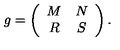
g = \left( \begin{array} { c c } { M } & { N } \\ { R } & { S } \\ \end{array} \right) .